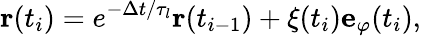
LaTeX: \mathbf{r}(t_{i})=e^{-\Delta t/\tau_{l}}\mathbf{r}(t_{i-1})+\xi(t_{i})\mathbf{e}_{\varphi}(t_{i}),